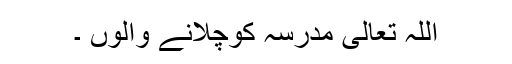
اللہ تعالیٰ مدرسہ کوچلانے والوں ۔